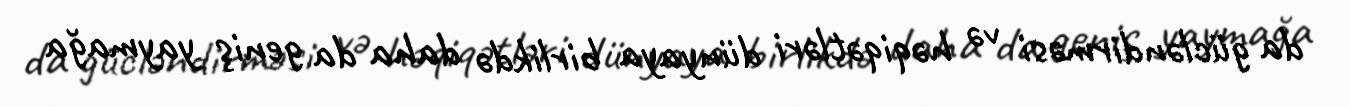
da gücləndirməsi və həqiqətləri dünyaya birlikdə daha da geniş yaymağa